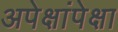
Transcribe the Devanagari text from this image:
अपेक्षांपेक्षा